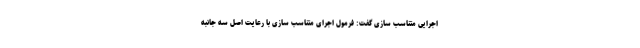
اجرایی متناسب سازی گفت: فرمول اجرای متناسب سازی با رعایت اصل سه جانبه